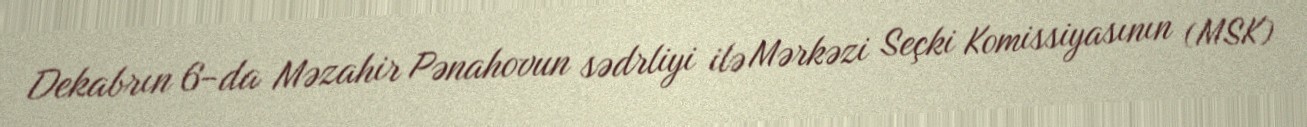
Dekabrın 6-da Məzahir Pənahovun sədrliyi ilə Mərkəzi Seçki Komissiyasının (MSK)